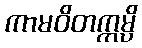
ကာမဝိတက္ကမ္ပိ